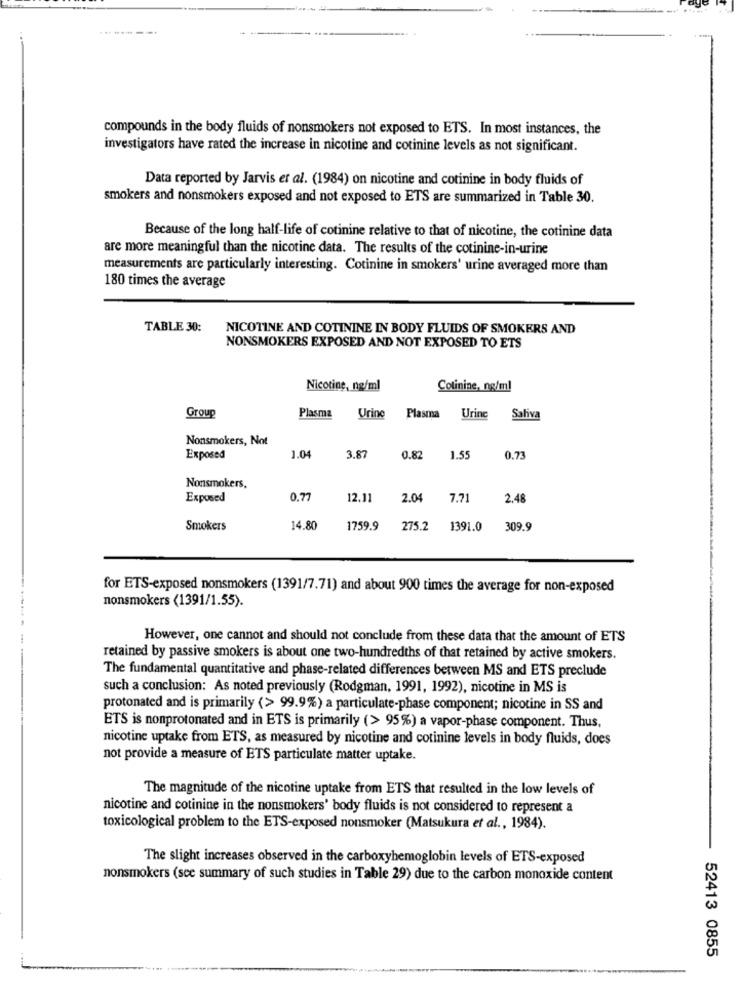
--------.
compounds in the body fluids of nonsmokers not exposed to ETS. In most instances, the
investigators have rated the increase in nicotine and cotinine levels as not significant.
Data reported by Jarvis er al. (1984) on nicotine and cotinine in body fluids of
smokers and nonsmokers exposed and not exposed to ETS are summarized in Table 30.
Because of the long half-life of cotinine relative to that of nicotine, the cotinine data
are more meaningful than the nicotine data. The results of the cotinine-in-urine
measurements are particularly interesting. Cotinine in smokers' urine averaged more than
180 times the average
TABLE 30:
NICOTINE AND COTININE IN BODY FLUIDS OF SMOKERS AND
NONSMOKERS EXPOSED AND NOT EXPOSED TO ETS
Nicotine, ng/ml
Colinine, ng/ml
Group
Plasma
Urine
Plasma
Urine
Saliva
Nonsmokers, Not
Exposed
1.04
3.87
0.82
1.5
0.73
Nonsmokers,
Exposed
0.77
12.11
2.04
7.7
2.48
Smokers
14.80
1759.9
275.2
1391.0
309.9
for ETS-exposed nonsmokers (1391/7.71) and about 900 times the average for non-exposed
nonsmokers (1391/1.55).
However, one cannot and should not conclude from these data that the amount of ETS
retained by passive smokers is about one two-hundredths of that retained by active smokers.
The fundamental quantitative and phase-related differences between MS and ETS preclude
such a conclusion: As noted previously (Rodgman, 1991, 1992), nicotine in MS is
protonated and is primarily <> 99.9%) a particulate-phase component; nicotine in SS and
ETS is nonprotonated and in ETS is primarily (> 95%) a vapor-phase component. Thus,
nicotine uptake from ETS, as measured by nicotine and cotinine levels in body fluids, does
not provide a measure of ETS particulate matter uptake.
The magnitude of the nicotine uptake from ETS that resulted in the low levels of
nicotine and cotinine in the nonsmokers' body fluids is not considered to represent a
toxicological problem to the ETS-exposed nonsmoker (Matsukura et al ., 1984).
The slight increases observed in the carboxyhemoglobin levels of ETS-exposed
nonsmokers (see summary of such studies in Table 29) due to the carbon monoxide content
52413 0855